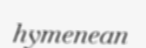
hymenean